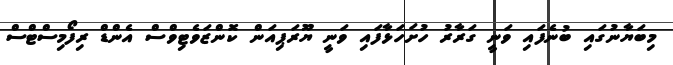
މިބަޔާނުގައި ބުނެފައި ވަނީ ގަރާރު ހުށަހަޅާފައި ވަނީ ޔޫރަޕިއަން ކޮންޒަވެޓިވްސް އެންޑް ރިފޯމިސްޓްސް